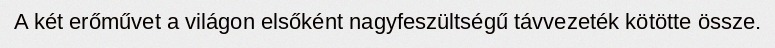
A két erőművet a világon elsőként nagyfeszültségű távvezeték kötötte össze.